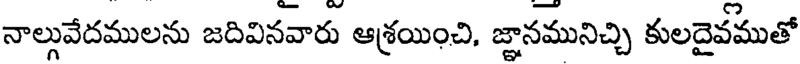
నాల్గువేదములను జదివినవారు ఆశ్రయించి, జ్ఞానమునిచ్చి కులదైవముతో